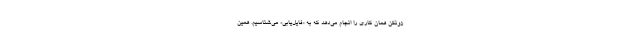
زونکن همان کاری را انجام می‌دهد که به «فایل‌یابی» می‌شناسیم. همین